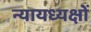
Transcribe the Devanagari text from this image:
न्यायध्यक्षों